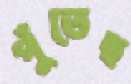
পুঁতেছ